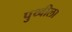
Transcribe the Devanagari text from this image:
पुथ्वीला